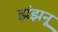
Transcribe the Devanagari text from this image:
झंझनू